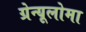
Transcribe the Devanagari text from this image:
ग्रेन्यूलोमा